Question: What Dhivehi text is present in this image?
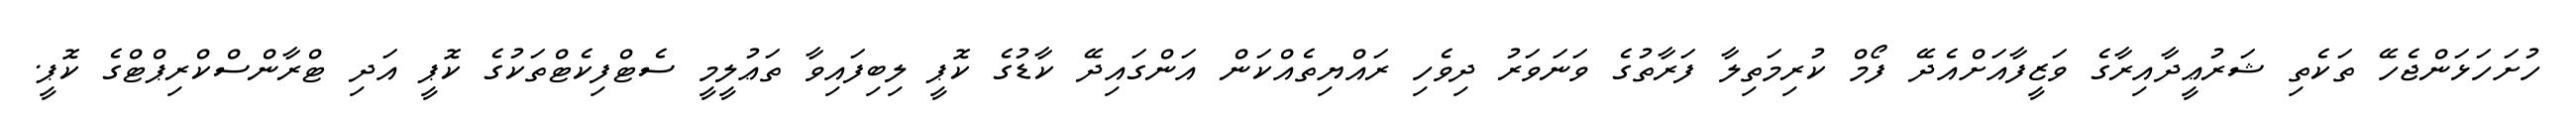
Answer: ހުށަހަޅަންޖެހޭ ތަކެތި ޝަރުޢީދާއިރާގެ ވަޒީފާއަށްއެދޭ ފޯމް ކުރިމަތިލާ ފަރާތުގެ ވަނަވަރު ދިވެހި ރައްޔިތެއްކަން އަންގައިދޭ ކާޑުގެ ކޮޕީ ލިބިފައިވާ ތަޢުލީމީ ސެޓްފިކެޓްތަކުގެ ކޮޕީ އަދި ޓްރާންސްކްރިޕްޓްގެ ކޮޕީ.